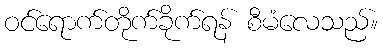
ဝင်ရောက်တိုက်ခိုက်ရန် စီမံလေသည်။